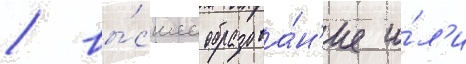
/ вы́сшее образова́н'ие и́л'и